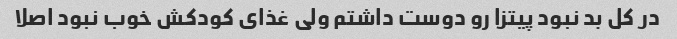
در کل بد نبود پیتزا رو دوست داشتم ولی غذای کودکش خوب نبود اصلا